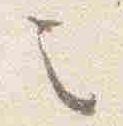
之